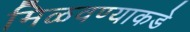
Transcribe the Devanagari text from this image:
मिळवण्याकडे